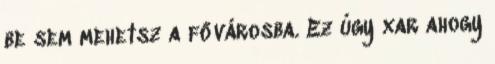
be sem mehetsz a fővárosba. Ez úgy xar ahogy